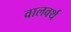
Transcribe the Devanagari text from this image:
वालवर्थ